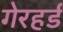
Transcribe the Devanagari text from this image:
गेरहर्ड